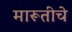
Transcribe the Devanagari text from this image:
मारूतीचे